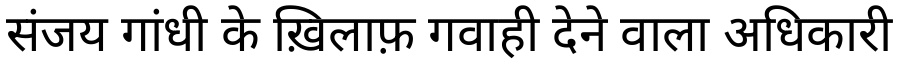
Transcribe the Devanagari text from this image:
संजय गांधी के ख़िलाफ़ गवाही देने वाला अधिकारी